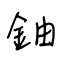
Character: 鈾